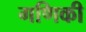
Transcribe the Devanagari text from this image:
गणिकी